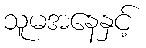
သူမအနေနှင့်